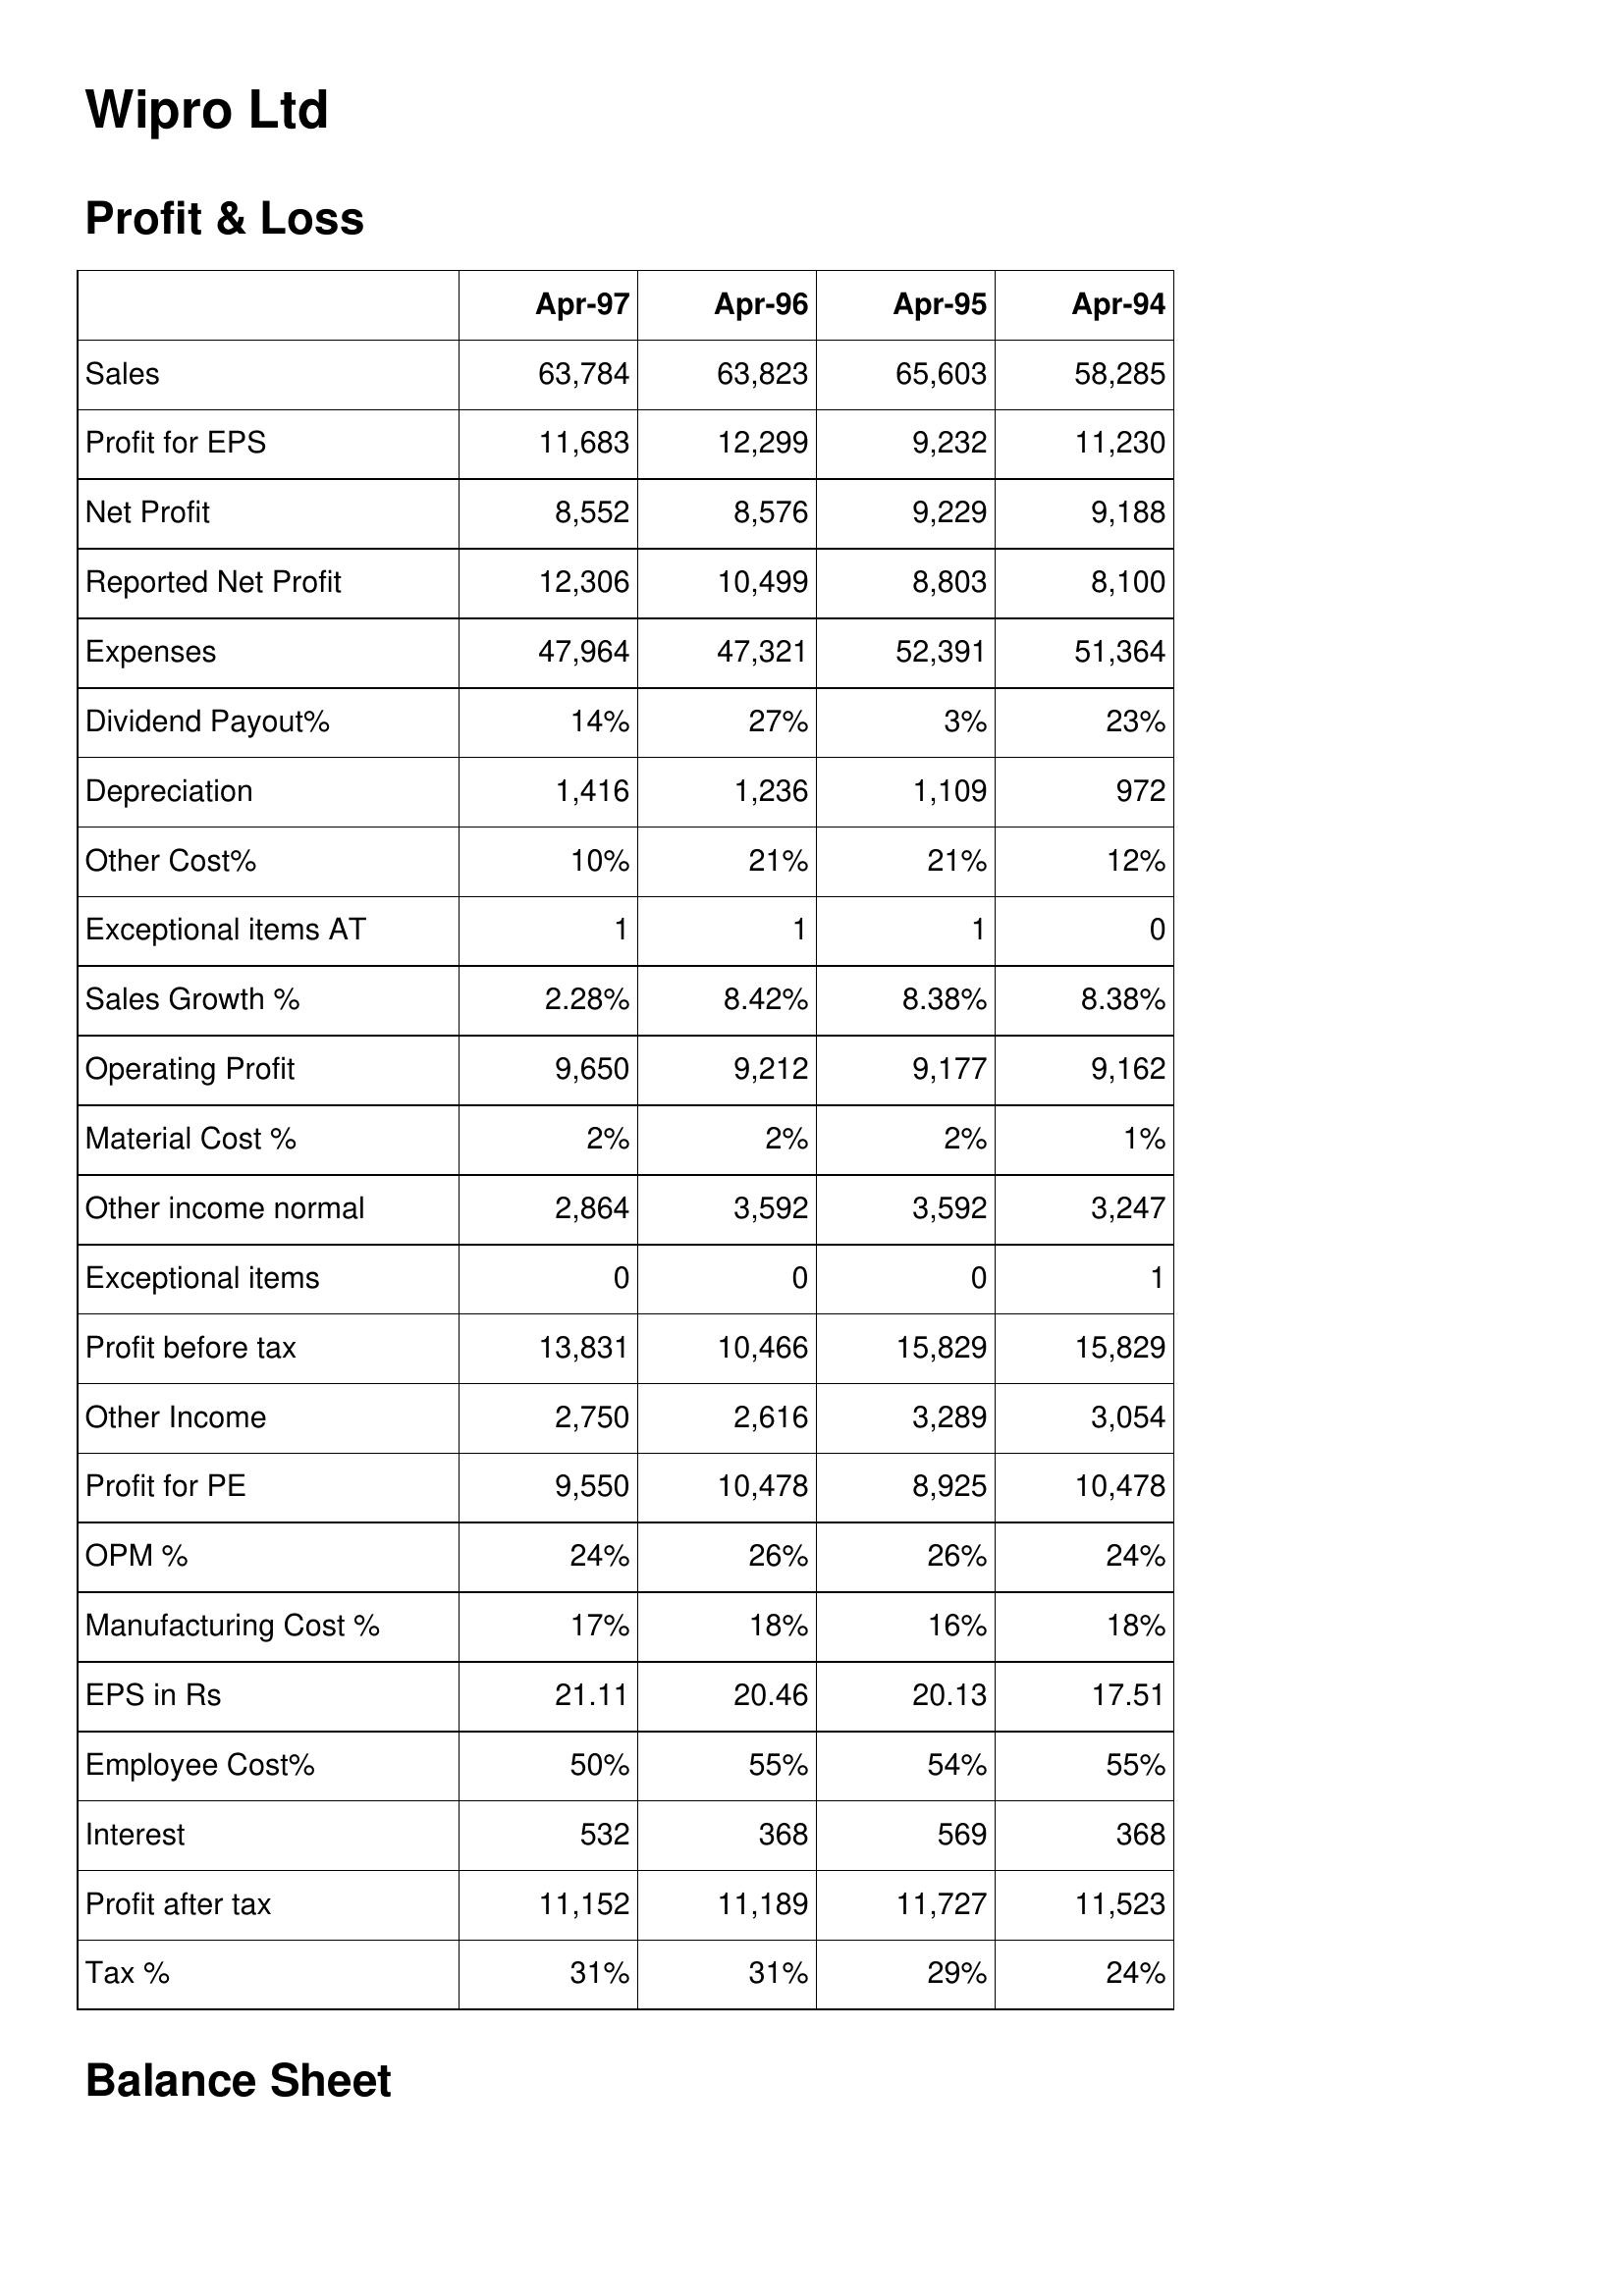
Apr-97: Profit & Loss: Sales: 63,784
Profit for EPS: 11,683
Net Profit: 8,552
Reported Net Profit: 12,306
Expenses: 47,964
Dividend Payout%: 14%
Depreciation: 1,416
Other Cost%: 10%
Exceptional items AT: 1
Sales Growth %: 2.28%
Operating Profit: 9,650
Material Cost %: 2%
Other income normal: 2,864
Exceptional items: 0
Profit before tax: 13,831
Other Income: 2,750
Profit for PE: 9,550
OPM %: 24%
Manufacturing Cost %: 17%
EPS in Rs: 21.11
Employee Cost%: 50%
Interest: 532
Profit after tax: 11,152
Tax %: 31%
Apr-96: Profit & Loss: Sales: 63,823
Profit for EPS: 12,299
Net Profit: 8,576
Reported Net Profit: 10,499
Expenses: 47,321
Dividend Payout%: 27%
Depreciation: 1,236
Other Cost%: 21%
Exceptional items AT: 1
Sales Growth %: 8.42%
Operating Profit: 9,212
Material Cost %: 2%
Other income normal: 3,592
Exceptional items: 0
Profit before tax: 10,466
Other Income: 2,616
Profit for PE: 10,478
OPM %: 26%
Manufacturing Cost %: 18%
EPS in Rs: 20.46
Employee Cost%: 55%
Interest: 368
Profit after tax: 11,189
Tax %: 31%
Apr-95: Profit & Loss: Sales: 65,603
Profit for EPS: 9,232
Net Profit: 9,229
Reported Net Profit: 8,803
Expenses: 52,391
Dividend Payout%: 3%
Depreciation: 1,109
Other Cost%: 21%
Exceptional items AT: 1
Sales Growth %: 8.38%
Operating Profit: 9,177
Material Cost %: 2%
Other income normal: 3,592
Exceptional items: 0
Profit before tax: 15,829
Other Income: 3,289
Profit for PE: 8,925
OPM %: 26%
Manufacturing Cost %: 16%
EPS in Rs: 20.13
Employee Cost%: 54%
Interest: 569
Profit after tax: 11,727
Tax %: 29%
Apr-94: Profit & Loss: Sales: 58,285
Profit for EPS: 11,230
Net Profit: 9,188
Reported Net Profit: 8,100
Expenses: 51,364
Dividend Payout%: 23%
Depreciation: 972
Other Cost%: 12%
Exceptional items AT: 0
Sales Growth %: 8.38%
Operating Profit: 9,162
Material Cost %: 1%
Other income normal: 3,247
Exceptional items: 1
Profit before tax: 15,829
Other Income: 3,054
Profit for PE: 10,478
OPM %: 24%
Manufacturing Cost %: 18%
EPS in Rs: 17.51
Employee Cost%: 55%
Interest: 368
Profit after tax: 11,523
Tax %: 24%